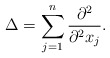
\begin{align*}\Delta=\sum_{j=1}^n \frac{\partial^2}{\partial^2 x_j}.\end{align*}